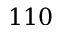
1 1 0